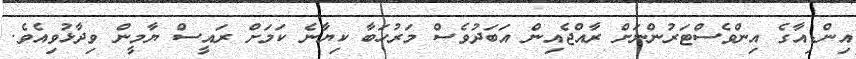
އިންޑިއާގެ އިންވެސްޓަރުންނަށް ރާއްޖެއިން އަބަދުވެސް މަރުހަބާ ކިޔާނެ ކަމަށް ރައީސް ޔާމީން ވިދާޅުވިއެވެ.